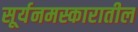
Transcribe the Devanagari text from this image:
सूर्यनमस्कारातील